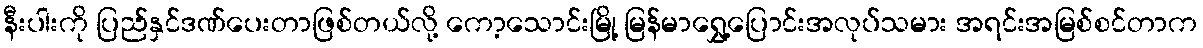
နီးပါးကို ပြည်နှင်ဒဏ်ပေးတာဖြစ်တယ်လို့ ကော့သောင်းမြို့ မြန်မာရွှေ့ပြောင်းအလုပ်သမား အရင်းအမြစ်စင်တာက